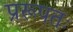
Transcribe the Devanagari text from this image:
प्ररूपतः